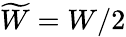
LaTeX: \widetilde{W}=W/2